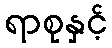
ရာစုနှင့်